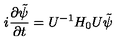
i \frac { \partial \tilde { \psi } } { \partial t } = U ^ { - 1 } H _ { 0 } U \tilde { \psi }